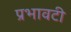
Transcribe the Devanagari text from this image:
प्रभावटी